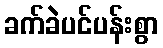
ခက်ခဲပင်ပန်းစွာ